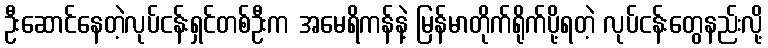
ဦးဆောင်နေတဲ့လုပ်ငန်းရှင်တစ်ဦးက အမေရိကန်နဲ့ မြန်မာတိုက်ရိုက်ပို့ရတဲ့ လုပ်ငန်းတွေနည်းလို့